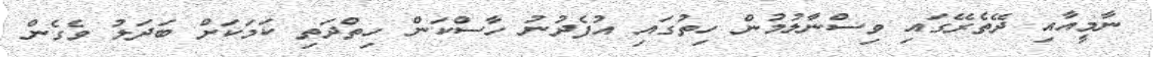
ނާމީއާއި ދޭތެރޭގައި ވިސްނާލުމުން ހިތުގައި އުފެދުނު ހާސްކަން ހިތްދަތި ކަމަކަށް ބަދަލު ވެގެން